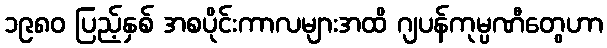
၁၉၈၀ ပြည့်နှစ် အစပိုင်းကာလများအထိ ဂျပန်ကုမ္ပဏီတွေဟာ